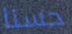
حسنا